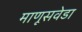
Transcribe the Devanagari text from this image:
माणूसवेडा